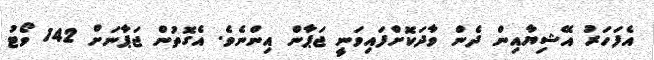
އެފަހަރު އޭޝިޔާއިން ދެން ވާދަކޮށްފައިވަނީ ޖަޕާން އިންނެވެ. އެގޮތުން ޖަޕާނަށް 142 ވޯޓު